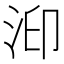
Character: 𱦐